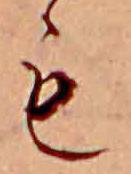
も